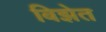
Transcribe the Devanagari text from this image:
बिझेत